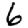
Digit: 6